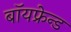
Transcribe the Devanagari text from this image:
बॉयफ्रेन्ड